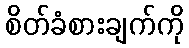
စိတ်ခံစားချက်ကို